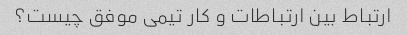
ارتباط بین ارتباطات و کار تیمی موفق چیست؟